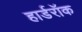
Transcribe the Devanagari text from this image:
हार्डरॉक